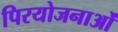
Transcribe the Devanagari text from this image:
पिरयोजनाओं